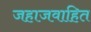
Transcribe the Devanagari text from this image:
जहाजवाहित